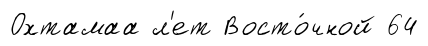
Охтамаа л'ет Восто́чной 64